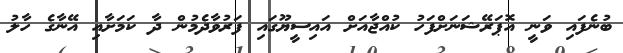
ބުނެފައި ވަނީ އޮޕަރޭޝަނަށްފަހު ކުއްޖާއަށް އައިސީޔޫގައި ފަރުވާދެމުން ދާ ކަމަށާއި އޭނާގެ ހާލު